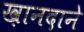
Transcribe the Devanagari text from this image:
ख़ानदाने